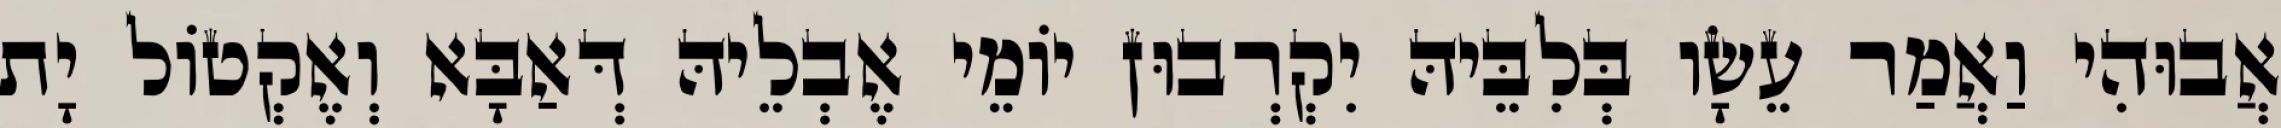
אֲבוּהִי וַאֲמַר עֵשָׂו בְּלִבֵּיהּ יִקְרְבוּן יוֹמֵי אֶבְלֵיהּ דְּאַבָּא וְאֶקְטוֹל יָת